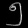
Digit: ၅